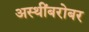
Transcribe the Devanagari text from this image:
अस्थींबरोबर